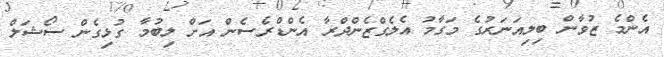
އެންމެ ޒުވާން ބިލިއަނަރުގެ މަގާމު އެލެގްޒެންދްރާ އެންޑްރެސެން އަށް ލިބުމާ ގުޅިގެން ސޯޝަލް